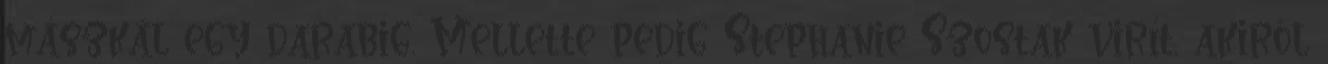
mászkál egy darabig. Mellette pedig Stephanie Szostak virít, akiről